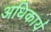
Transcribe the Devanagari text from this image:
अधिकार्य